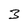
Character: 3